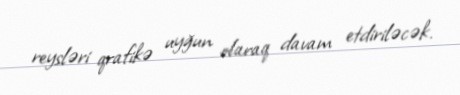
reysləri qrafikə uyğun olaraq davam etdiriləcək.